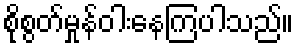
စိုစွတ်မှုန်ဝါးနေကြပါသည်။